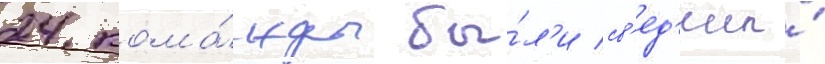
24 кома́нды бы́л'и св'ед'ены́